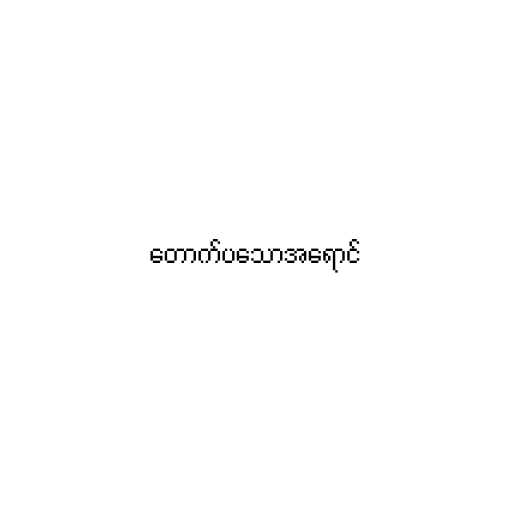
တောက်ပသောအရောင်